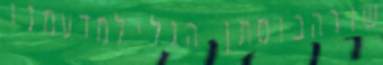
שורהבוסתן הגלילמדעמנו